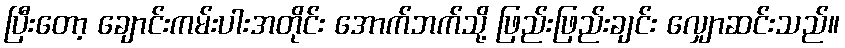
ပြီးတော့ ချောင်းကမ်းပါးအတိုင်း အောက်ဘက်သို့ ဖြည်းဖြည်းချင်း လျှောဆင်းသည်။